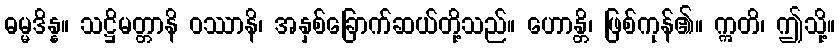
ဓမ္မဒိန္န။ သဋ္ဌိမတ္တာနိ ဝဿာနိ၊ အနှစ်ခြောက်ဆယ်တို့သည်။ ဟောန္တိ၊ ဖြစ်ကုန်၏။ ဣတိ၊ ဤသို့။